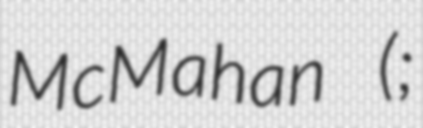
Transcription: McMahan (;